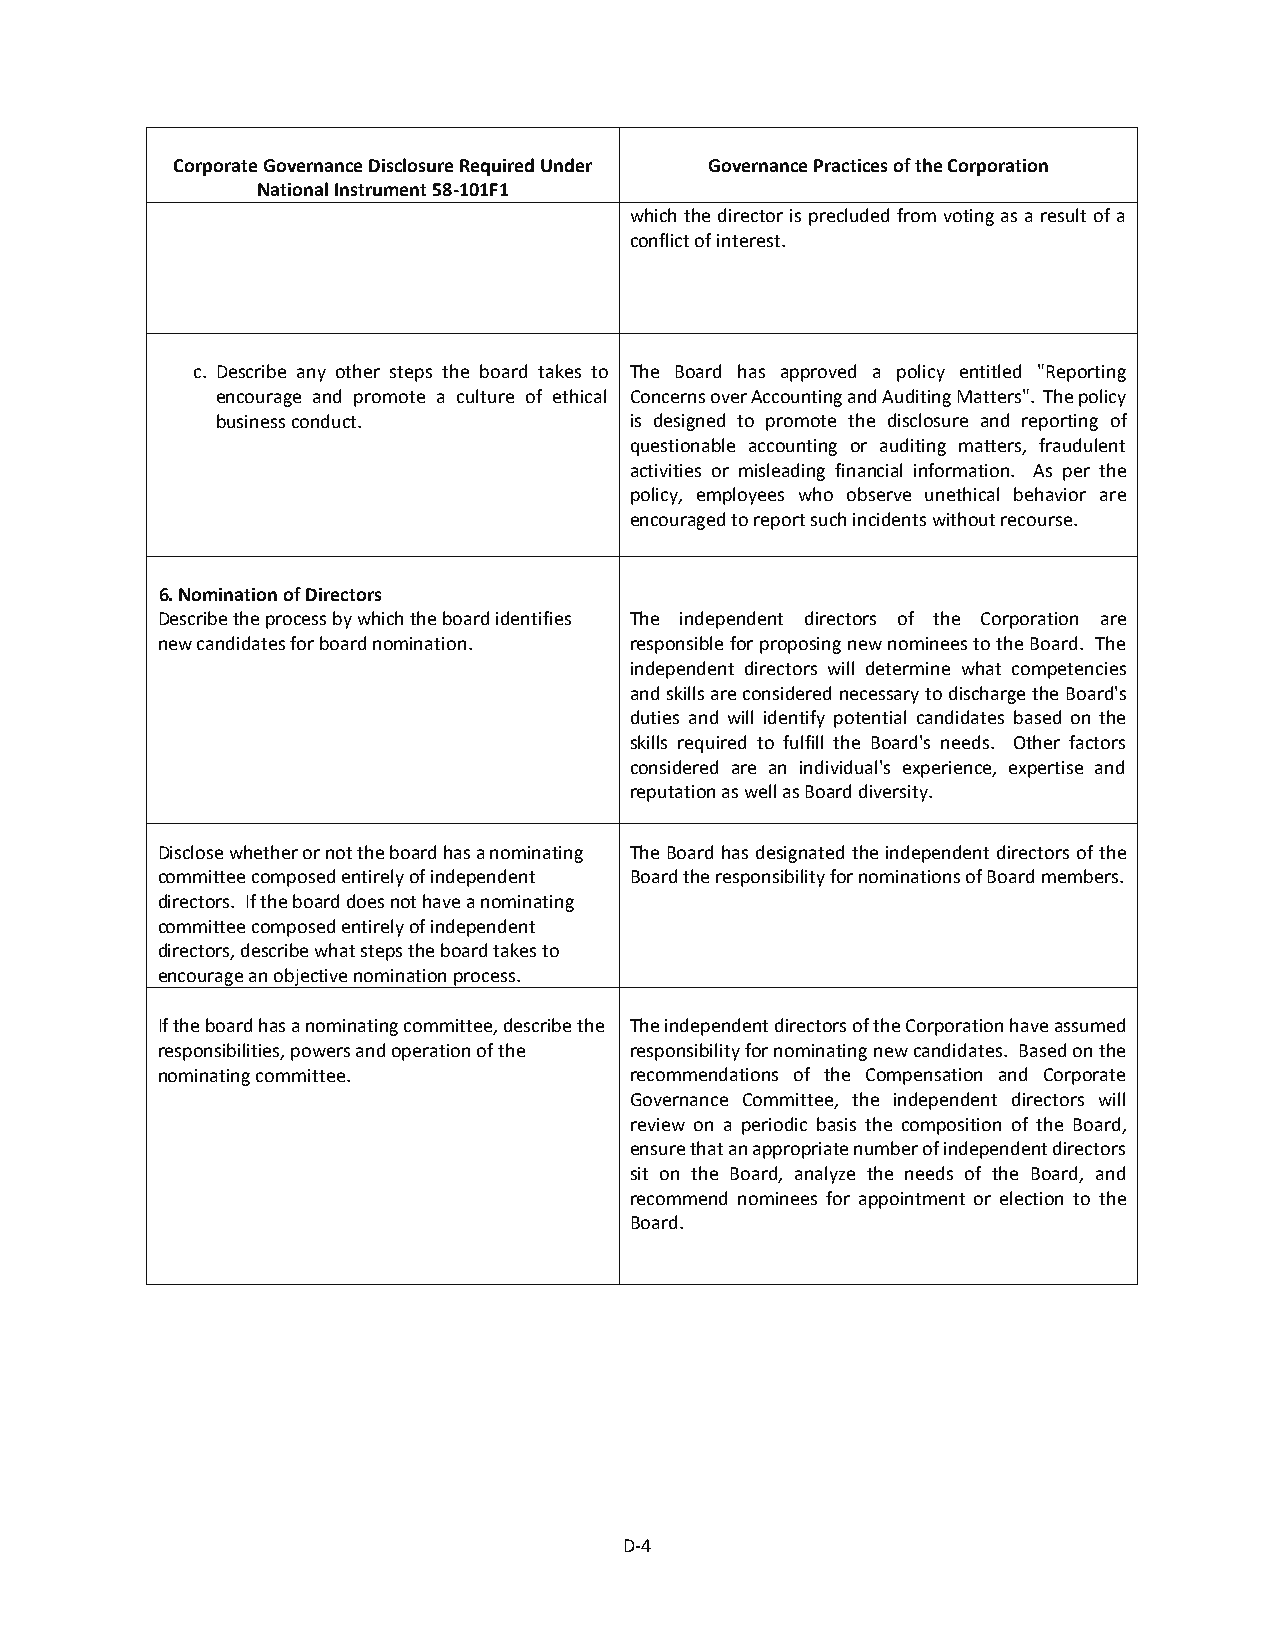
Corporate Governance Disclosure Required Under Governance Practices of the Corporation
 National Instrument 58-101F1
 which the director is precluded from voting as a result of a
 conflict of interest.
 c. Describe any other steps the board takes to The Board has approved a policy entitled "Reporting
 encourage and promote a culture of ethical Concerns over Accounting and Auditing Matters". The policy
 business conduct.           is designed to promote the disclosure and reporting of
 questionable accounting or auditing matters, fraudulent
 activities or misleading financial information. As per the
 policy, employees who observe unethical behavior are
 encouraged to report such incidents without recourse.
 6. Nomination of Directors
 Describe the process by which the board identifies The independent directors of the Corporation are
 new candidates for board nomination. responsible for proposing new nominees to the Board. The
 independent directors will determine what competencies
 and skills are considered necessary to discharge the Board's
 duties and will identify potential candidates based on the
 skills required to fulfill the Board's needs. Other factors
 considered are an individual's experience, expertise and
 reputation as well as Board diversity.
 Disclose whether or not the board has a nominating The Board has designated the independent directors of the
 committee composed entirely of independent Board the responsibility for nominations of Board members.
 directors. If the board does not have a nominating
 committee composed entirely of independent
 directors, describe what steps the board takes to
 encourage an objective nomination process.
 If the board has a nominating committee, describe the The independent directors of the Corporation have assumed
 responsibilities, powers and operation of the responsibility for nominating new candidates. Based on the
 nominating committee.           recommendations of the Compensation and Corporate
 Governance Committee, the independent directors will
 review on a periodic basis the composition of the Board,
 ensure that an appropriate number of independent directors
 sit on the Board, analyze the needs of the Board, and
 recommend nominees for appointment or election to the
 Board.
 D-4